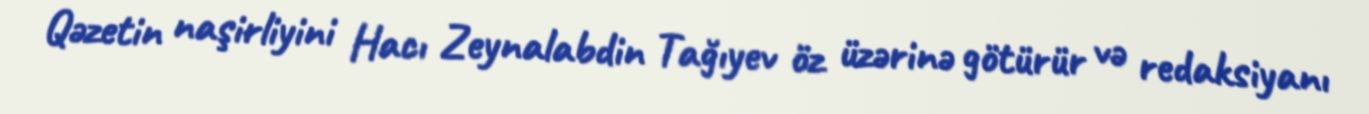
Qəzetin naşirliyini Hacı Zeynalabdin Tağıyev öz üzərinə götürür və redaksiyanı